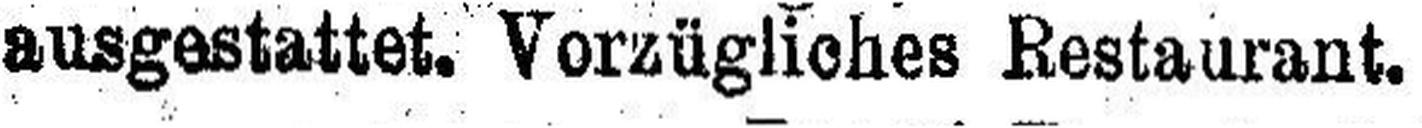
ausgestattet. Vorzügliches Restaurant.